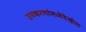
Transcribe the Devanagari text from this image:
उपकरणांमध्येदेखील